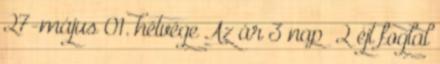
27-május 01. hétvége Az ár 3 nap 2 éjt foglal